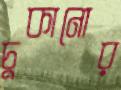
চুকানোর